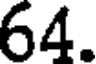
64.